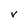
Character: v